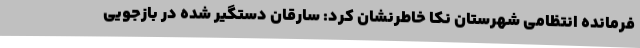
فرمانده انتظامی شهرستان نکا خاطرنشان کرد: سارقان دستگیر شده در بازجویی